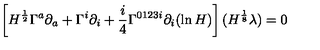
\left[ H ^ { \frac { 1 } { 2 } } \Gamma ^ { a } \partial _ { a } + \Gamma ^ { i } \partial _ { i } + \frac { i } { 4 } \Gamma ^ { 0 1 2 3 i } \partial _ { i } ( \ln H ) \right] ( H ^ { \frac { 1 } { 8 } } \lambda ) = 0